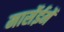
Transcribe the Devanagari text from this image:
मार्सेईमेँ